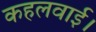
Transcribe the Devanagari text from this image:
कहलवाई।